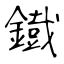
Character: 鐡